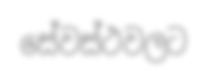
සේවස්ථවලට